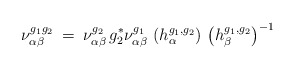
\begin{align*}\nu^{g_1 g_2}_{\alpha \beta} \: = \:\nu^{g_2}_{\alpha \beta} \, g_2^* \nu^{g_1}_{\alpha \beta} \,\left( h^{g_1, g_2}_{\alpha} \right) \,\left( h^{g_1, g_2}_{\beta} \right)^{-1}\end{align*}